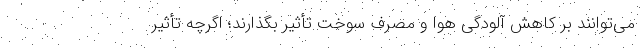
می‌توانند بر کاهش آلودگی هوا و مصرف سوخت تأثیر بگذارند؛ اگرچه تأثیر